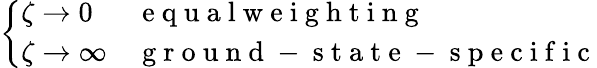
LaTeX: \left\{ \begin{array}{ll}{\zeta\to 0}&{\mathrm{~e~q~u~a~l~w~e~i~g~h~t~i~n~g~}}\\ {\zeta\to\infty}&{\mathrm{~g~r~o~u~n~d~-~s~t~a~t~e~-~s~p~e~c~i~f~i~c~}}\end{array}\right.